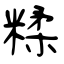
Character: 糅